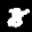
Label: 8